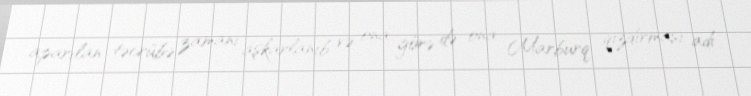
aparılan təcrübə zamanı aşkarlanıb və ona görə də ona Marburq qızdırması adı